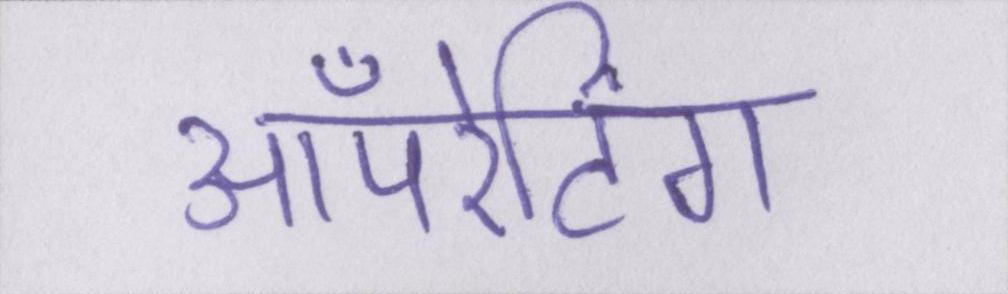
ऑपरेटिंग